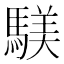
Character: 𫘑